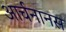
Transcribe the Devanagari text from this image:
आर्चनानस